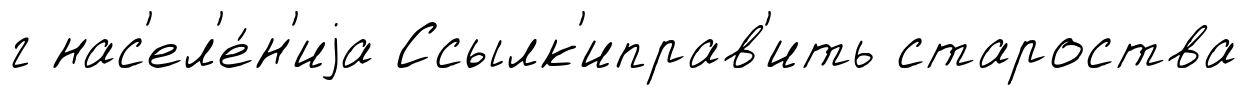
г нас'ел'е́н'иjа Ссылк'иправ'ить староства